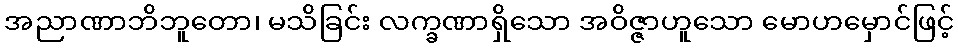
အညာဏာဘိဘူတော၊ မသိခြင်း လက္ခဏာရှိသော အဝိဇ္ဇာဟူသော မောဟမှောင်ဖြင့်